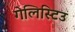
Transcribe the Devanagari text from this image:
गेलिस्टिउ